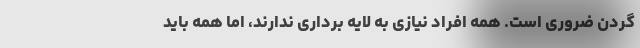
گردن ضروری است. همه افراد نیازی به لایه برداری ندارند، اما همه باید